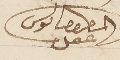
المطران بولس عقل